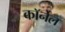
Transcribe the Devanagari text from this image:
काॅर्नेल